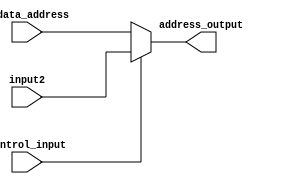
module data_mux(rddata_address, input2, control_input, address_output);

    input control_input;
    input [31:0] rddata_address;
	 input [31:0] input2;
    output reg [31:0] address_output;

    always @(*) begin
	if (control_input == 0)
	    address_output = rddata_address;
	else
	    address_output = input2;
    end

endmodule